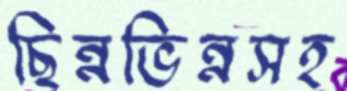
ছিন্নভিন্নসহ